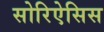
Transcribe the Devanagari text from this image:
सोरिऐसिस